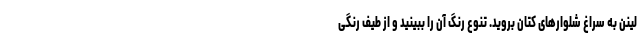
لینن به سراغ شلوارهای کتان بروید. تنوع رنگ آن را ببینید و از طیف رنگی